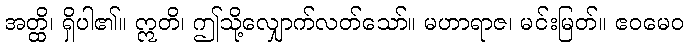
အတ္ထိ၊ ရှိပါ၏။ ဣတိ၊ ဤသို့လျှောက်လတ်သော်။ မဟာရာဇ၊ မင်းမြတ်။ ဧဝမေဝ